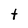
Character: t